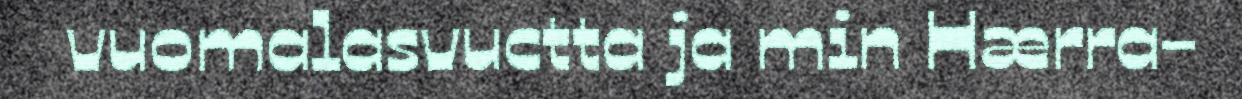
vuomalasvuctta ja min Hærra-